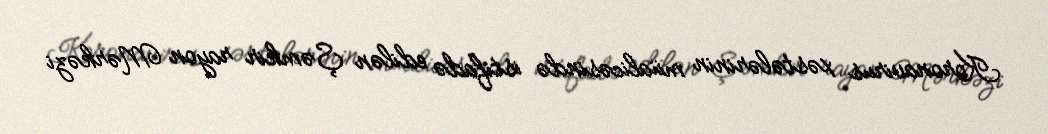
Koronavirus xəstələrinin müalicəsində istifadə edilən Şəmkir rayon Mərkəzi